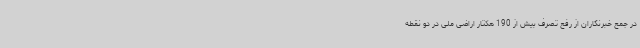
در جمع خبرنگاران از رفع تصرف بیش از 190 هکتار اراضی ملی در دو نقطه